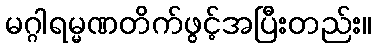
မဂ္ဂါရမ္မဏတိက်ဖွင့်အပြီးတည်း။